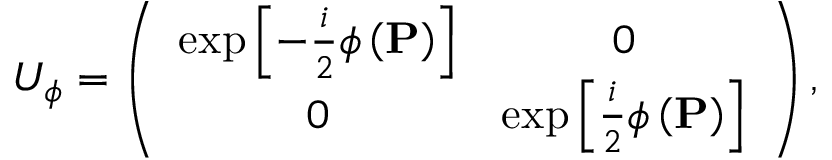
U _ { \phi } = \left( \begin{array} { c c } { \exp \left[ - \frac { i } { 2 } \phi \left( \mathbf { P } \right) \right] } & { 0 } \\ { 0 } & { \exp \left[ \frac { i } { 2 } \phi \left( \mathbf { P } \right) \right] } \end{array} \right) ,